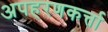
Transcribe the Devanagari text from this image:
अपहरणकर्त्ता